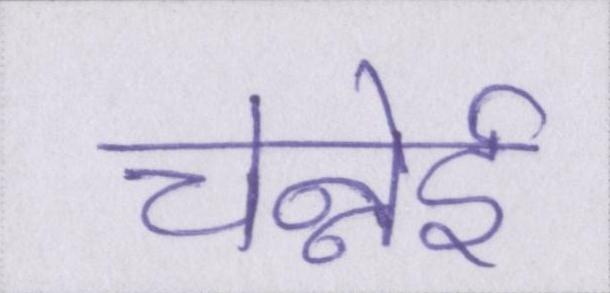
चेन्नेई